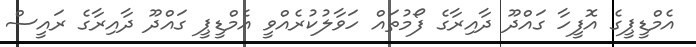
އެމްޑީޕީގެ އޮފީހާ ގައްދޫ ދާއިރާގެ ފޯމުތައް ހަވާލުކުރެއްވީ އެމްޑީޕީ ގައްދޫ ދާއިރާގެ ރައީސް